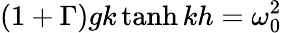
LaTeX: \left(1+\Gamma\right)gk\operatorname{tanh}{kh}=\omega_{0}^{2}